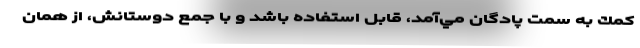
كمك به سمت پادگان مي‌آمد، قابل استفاده باشد و با جمع دوستانش، از همان